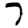
Digit: 7